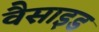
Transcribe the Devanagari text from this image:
वैसाइड